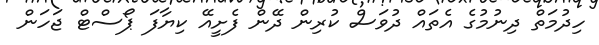
ހިދުމަތް ދިނުމުގެ އެތައް ދުވަސް ކުރިން ދޭން ފެށީއޭ ކިޔާފަ ޕޯސްޓް ޖަހަން